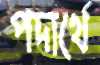
পদার্থে